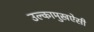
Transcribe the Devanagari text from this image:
उल्कामुखऐसी